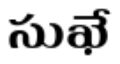
సుఖే